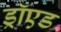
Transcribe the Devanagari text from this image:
ड्रॉएड